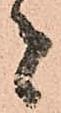
者